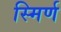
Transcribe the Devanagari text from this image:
स्मिर्ण